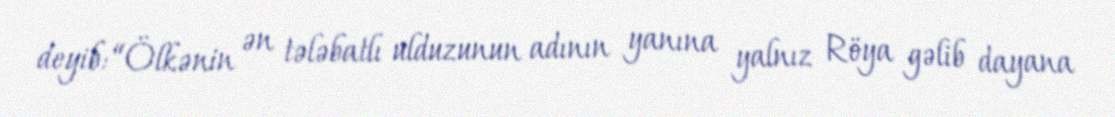
deyib: “Ölkənin ən tələbatlı ulduzunun adının yanına yalnız Röya gəlib dayana